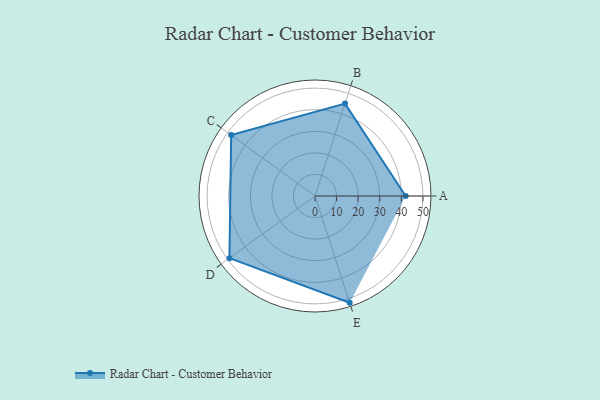
{"axis": {"x": "Skill", "y": "Score"}, "legend": ["Profile"], "data": [{"x": "A", "y": 42.0, "type": "Profile"}, {"x": "B", "y": 45.0, "type": "Profile"}, {"x": "C", "y": 48.0, "type": "Profile"}, {"x": "D", "y": 49.0, "type": "Profile"}, {"x": "E", "y": 52.0, "type": "Profile"}]}